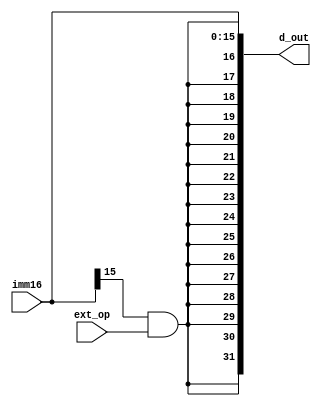
//code part take fro Aleksandr Shlihta
`define REG_WIDTH 32
`timescale 1ns/1ps
module extender(imm16, ext_op, d_out);

input [(`REG_WIDTH/2)-1:0] imm16;
input ext_op;

output reg [`REG_WIDTH-1:0] d_out;

wire [(`REG_WIDTH/2)-1:0] imm16_up;
wire temp;

assign temp = imm16[15] & ext_op;
assign imm16_up = {16{temp}};

always @* begin
	d_out = {imm16_up, imm16};
end
endmodule